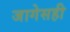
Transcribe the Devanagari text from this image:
जागेसही